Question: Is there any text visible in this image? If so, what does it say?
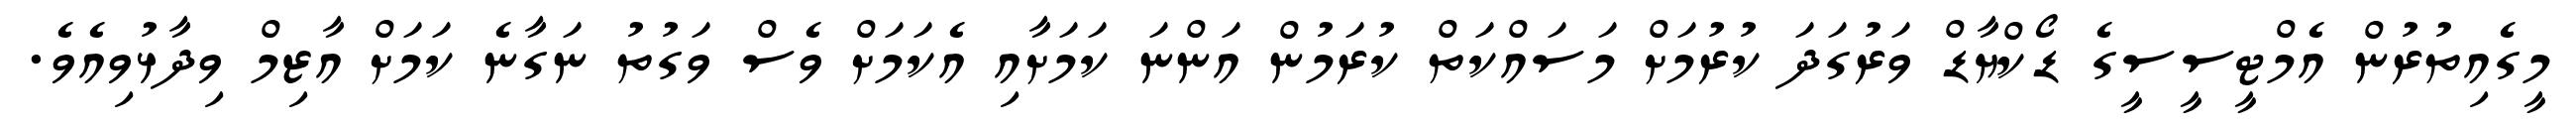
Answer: މީގެއިތުރުން އެމްޓީސީސީގެ ޑޯކްޔާޑް ވަރުގަދަ ކުރުމަށް މަސައްކަތް ކުރަމުން އަންނަ ކަމަށާއި އެކަމަށް ވެސް ވަގުތު ނަގާނެ ކަމަށް އާޒިމް ވިދާޅުވިއެވެ.